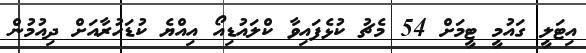
އިޓަލީ ގައުމީ ޓީމަށް 54 މެޗު ކުޅެފައިވާ ކްލައުޑިއޯ އިއްޔެ ކުޑަހުރާއަށް ދިއުމުން